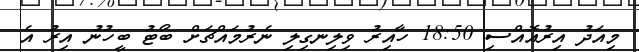
މިއަދު އިރުއޮއްސި 18:50 ހާއިރު ވިލިނގިލި ނެރުމައްޗަށް ބޯޓު ބީހުނު އިރު އެ